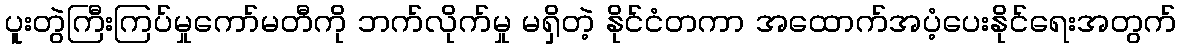
ပူးတွဲကြီးကြပ်မှုကော်မတီကို ဘက်လိုက်မှု မရှိတဲ့ နိုင်ငံတကာ အထောက်အပံ့ပေးနိုင်ရေးအတွက်